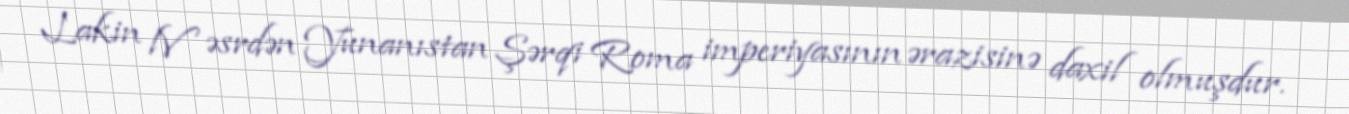
Lakin lV əsrdən Yunanıstan Şərqi Roma imperiyasının ərazisinə daxil olmuşdur.